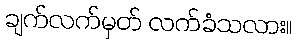
ချက်လက်မှတ် လက်ခံသလား။